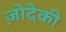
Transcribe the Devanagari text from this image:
ज़ोदेकी